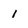
Character: i